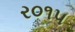
ર૦૧૫